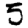
Digit: 5